Lunatic asylums Central Provinces reports 1874-1885 - 1874-1885
Year: 1874
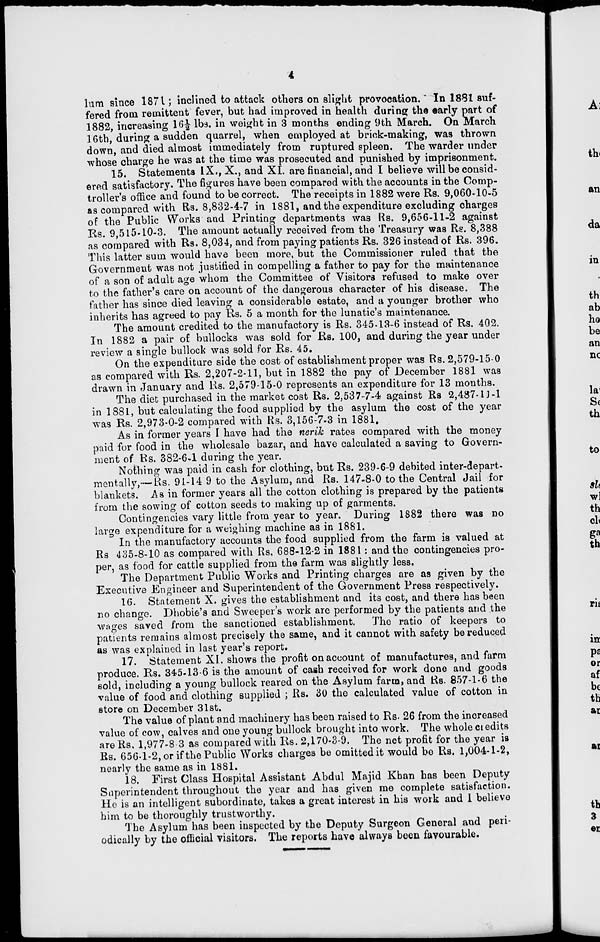
4
lum since 1871; inclined to attack others on slight provocation. In 1881 suf-
fered from remittent fever, but had improved in health during the early part of
1882, increasing 16½ lbs. in weight in 3 months ending 9th March. On March
16th, during a sudden quarrel, when employed at brick-making, was thrown
down, and died almost immediately from ruptured spleen. The warder under
whose charge he was at the time was prosecuted and punished by imprisonment.
15. Statements IX., X., and XI. are financial, and I believe will be consid-
ered satisfactory. The figures have been compared with the accounts in the Comp-
troller's office and found to be correct. The receipts in 1882 were Rs. 9,060-10-5
as compared with Rs. 8,832-4-7 in 1881, and the expenditure excluding charges
of the Public Works and Printing departments was Rs. 9,656-11-2 against
Rs. 9,515-10-3. The amount actually received from the Treasury was Rs. 8,388
as compared with Rs. 8,034, and from paying patients Rs. 326 instead of Rs. 396.
This latter sum would have been more, but the Commissioner ruled that the
Government was not justified in compelling a father to pay for the maintenance
of a son of adult age whom the Committee of Visitors refused to make over
to the father's care on account of the dangerous character of his disease. The
father has since died leaving a considerable estate, and a younger brother who
inherits has agreed to pay Rs. 5 a month for the lunatic's maintenance.
The amount credited to the manufactory is Rs. 345-13-6 instead of Rs. 402.
In 1882 a pair of bullocks was sold for Rs. 100, and during the year under
review a single bullock was sold for Rs. 45.
On the expenditure side the cost of establishment proper was Rs. 2,579-15-0
as compared with Rs. 2,207-2-11, but in 1882 the pay of December 1881 was
drawn in January and Rs. 2,579-15-0 represents an expenditure for 13 months.
The diet purchased in the market cost Rs. 2,537-7-4 against Rs 2,487-11-1
in 1881, but calculating the food supplied by the asylum the cost of the year
was Rs. 2,973-0-2 compared with Rs. 3,156-7-3 in 1881.
As in former years I have had the nerik rates compared with the money
paid for food in the wholesale bazar, and have calculated a saving to Govern-
ment of Rs. 382-6-1 during the year.
Nothing was paid in cash for clothing, but Rs. 239-6-9 debited inter-depart-
mentally,—Rs. 91-14 9 to the Asylum, and Rs. 147-8-0 to the Central Jail for
blankets. As in former years all the cotton clothing is prepared by the patients
from the sowing of cotton seeds to making up of garments.
Contingencies vary little from year to year. During 1882 there was no
large expenditure for a weighing machine as in 1881.
In the manufactory accounts the food supplied from the farm is valued at
Rs. 435-8-10 as compared with Rs. 688-12-2 in 1881 : and the contingencies pro-
per, as food for cattle supplied from the farm was slightly less.
The Department Public Works and Printing charges are as given by the
Executive Engineer and Superintendent of the Government Press respectively.
16. Statement X. gives the establishment and its cost, and there has been
no change. Dhobie's and Sweeper's work are performed by the patients and the
wages saved from the sanctioned establishment.
The ratio of keepers to
patients remains almost precisely the same, and it cannot with safety be reduced
as was explained in last year's report.
17. Statement XI. shows the profit on account of manufactures, and farm
produce. Rs. 345-13-6 is the amount of cash received for work done and goods
sold, including a young bullock reared on the Asylum farm, and Rs. 857-1-6 the
value of food and clothing supplied ; Rs. 30 the calculated value of cotton in
store on December 31st.
The value of plant and machinery has been raised to Rs. 26 from the increased
value of cow, calves and one young bullock brought into work. The whole credits
are Rs. 1,977-8 3 as compared with Rs. 2,170-3-9. The net profit for the year is
Rs. 656-1-2, or if the Public Works charges be omitted it would be Rs. 1,004-1-2,
nearly the same as in 1881.
18. First Class Hospital Assistant Abdul Majid Khan has been Deputy
Superintendent throughout the year and has given me complete satisfaction.
He is an intelligent subordinate, takes a great interest in his work and I believe
him to be thoroughly trustworthy.
The Asylum has been inspected by the Deputy Surgeon General and peri-
odically by the official visitors. The reports have always been favourable.